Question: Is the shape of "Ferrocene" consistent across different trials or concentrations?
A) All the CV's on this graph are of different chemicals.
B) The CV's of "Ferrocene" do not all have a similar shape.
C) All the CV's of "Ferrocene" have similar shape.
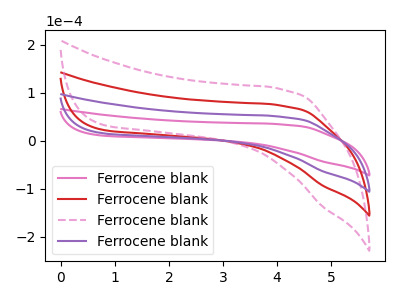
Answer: <think>The pink curve "Ferrocene blank1" has no peaks. The red curve "Ferrocene blank2" has no peaks. The pink dashed curve "Ferrocene blank3" has no peaks. The purple curve "Ferrocene blank4" has no peaks.
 Neither "Ferrocene blank1" or "Ferrocene blank2" have any peaks. Neither "Ferrocene blank1" or "Ferrocene blank3" have any peaks. Neither "Ferrocene blank1" or "Ferrocene blank4" have any peaks. Neither "Ferrocene blank2" or "Ferrocene blank3" have any peaks. Neither "Ferrocene blank2" or "Ferrocene blank4" have any peaks. Neither "Ferrocene blank3" or "Ferrocene blank4" have any peaks.</think>
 <answer>C) All the CV's of "Ferrocene" have similar shape.</answer>
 <eval>C</eval>